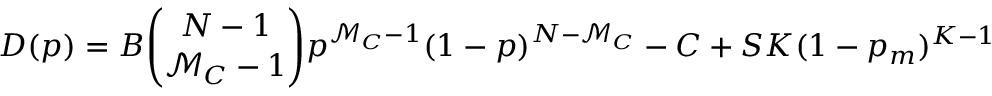
D ( p ) = B { \binom { N - 1 } { \mathcal { M } _ { C } - 1 } } p ^ { \mathcal { M } _ { C } - 1 } ( 1 - p ) ^ { N - \mathcal { M } _ { C } } - C + S K ( 1 - p _ { m } ) ^ { K - 1 }